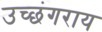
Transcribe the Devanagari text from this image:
उच्छंगराय